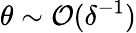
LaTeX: \theta\sim\mathcal{O}(\delta^{-1})